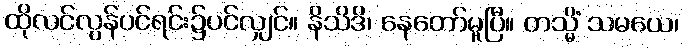
ထိုလင်လွန်ပင်ရင်း၌ပင်လျှင်။ နိသိဒိ၊ နေတော်မူပြီ။ တသ္မိံ သမယေ၊